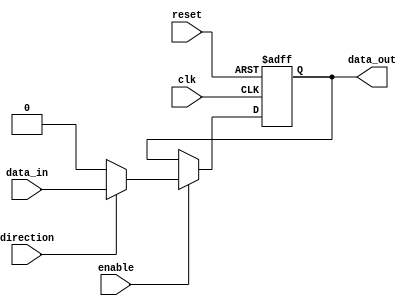
module io_buffer (
    input wire clk,
    input wire reset,
    input wire enable,
    input wire direction,
    input wire data_in,
    output wire data_out
);

reg data_out_reg;
reg data_in_reg;

always @(posedge clk or posedge reset) begin
    if (reset) begin
        data_out_reg <= 1'b0;
        data_in_reg <= 1'b0;
    end else begin
        if (enable) begin
            if (direction) begin
                data_out_reg <= data_in;
            end else begin
                data_out_reg <= 1'b0;
            end
        end
    end
end

assign data_out = data_out_reg;

endmodule